system: You are a helpful assistant.
user:
Analyze the provided spectrum to determine if it is a **S-type Star**.

- **Key Indicators for S-type Star:**

    - **(Overall Spectrum Shape):** The first and most obvious characteristic is the overall continuum (the "baseline" shape). It is **extremely "red-sloping,"** meaning the flux (light intensity) is very low on the left side (blue, ~4000-4500 Å) and rises steeply and continuously toward the right side (red, ~7000 Å+).

    - **(Primary):** The spectrum is defined by the presence of strong, broad molecular absorption "valleys" (bands) from **Zirconium Oxide (ZrO)**. The identification of these bands is the **primary requirement** for classifying a star as S-type.
        - **(Key Bandheads):** You must find distinct, deep "dips" where the light has been absorbed. The most critical band systems to locate are:
            - **~6474 Å** ($\gamma$-system): This is often the strongest and clearest ZrO feature, found in the red part of the spectrum.
            - **~5718 Å** & **~5551 Å** ($\beta$-system): A pair of prominent absorption features in the yellow-orange part of the spectrum.
            - **~4640 Å** ($\alpha$-system): A key absorption band system in the blue-green region of the spectrum.

    - **(Secondary Confirmation):** The classification is strengthened by finding additional absorption bands from other related heavy element oxides, which are expected to be present alongside ZrO.
        - **(Key Bandheads):**
            - **Yttrium Oxide (YO):** Look for absorption dips near **~4800 Å** and **~6100 Å**.
            - **Lanthanum Oxide (LaO):** Additional absorption features, particularly in the red-orange part of the spectrum, are also characteristic.

    - **(Line Profile):** The combination of the steep red continuum and these numerous, deep molecular bands (ZrO, YO, etc.) gives the entire spectrum a very **"chopped-up"** or **"bumpy"** appearance. Instead of a smooth curve, the spectrum looks as though large, wide chunks of light have been "carved out" of it at the specific wavelengths listed above.

Think first, call **spectral_visualization_tool** if needed to examine features in detail, then provide your final answer. Your response must adhere to the following strict rules:
1.  **Overall Structure:** Your response must follow the format `<think>...</think> <tool_call>...</tool_call> (if a tool is used) <answer>...</answer>`.
2.  **Tool Usage Constraint:** You may only make **one** tool call per turn.
3.  **Final Answer Format:** In the `<answer>` tag, your conclusion must be inside a `\boxed{}` command (e.g., `\boxed{YES}` or `\boxed{NO}`), followed by your justification.

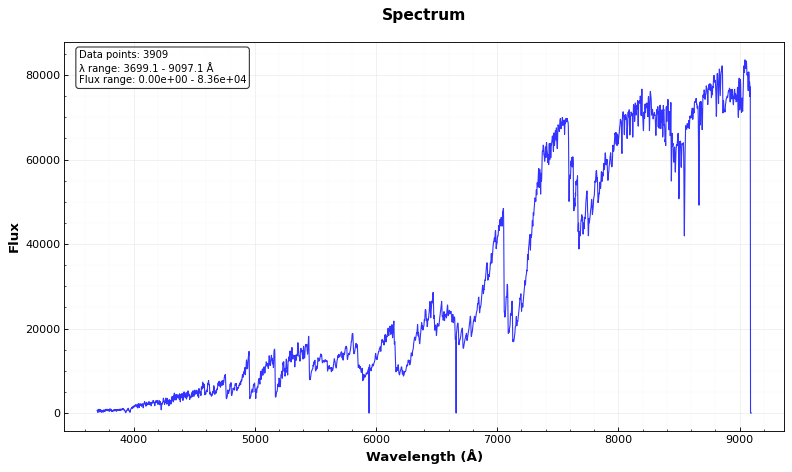
Answer: YES